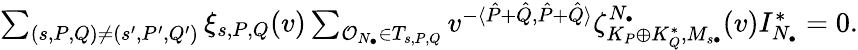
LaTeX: \begin{array}{r}{\sum_{(s,P,Q)\not=(s^{\prime},P^{\prime},Q^{\prime})}\xi_{s,P,Q}(v)\sum_{{\mathcal O}_{N_{\bullet}}\in T_{s,P,Q}}v^{-\langle\hat{P}+\hat{Q},\hat{P}+\hat{Q}\rangle}\zeta_{K_{P}\oplus K_{Q}^{*},M_{s\bullet}}^{N_{\bullet}}(v)I_{N_{\bullet}}^{*}=0.}\end{array}